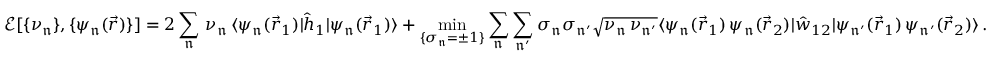
\mathcal { E } [ \{ \nu _ { \mathfrak { n } } \} , \{ \psi _ { \mathfrak { n } } ( \vec { r } ) \} ] = 2 \sum _ { \mathfrak { n } } \, \nu _ { \mathfrak { n } } \, \langle \psi _ { \mathfrak { n } } ( \vec { r } _ { 1 } ) | \hat { h } _ { 1 } | \psi _ { \mathfrak { n } } ( \vec { r } _ { 1 } ) \rangle + \operatorname* { m i n } _ { \{ \sigma _ { \mathfrak { n } } = \pm 1 \} } \sum _ { \mathfrak { n } } \sum _ { \mathfrak { n ^ { \prime } } } \sigma _ { \mathfrak { n } } \sigma _ { \mathfrak { n ^ { \prime } } } \sqrt { \nu _ { \mathfrak { n } } \, \nu _ { \mathfrak { n ^ { \prime } } } } \langle \psi _ { \mathfrak { n } } ( \vec { r } _ { 1 } ) \, \psi _ { \mathfrak { n } } ( \vec { r } _ { 2 } ) | \hat { w } _ { 1 2 } | \psi _ { \mathfrak { n ^ { \prime } } } ( \vec { r } _ { 1 } ) \, \psi _ { \mathfrak { n ^ { \prime } } } ( \vec { r } _ { 2 } ) \rangle \, .